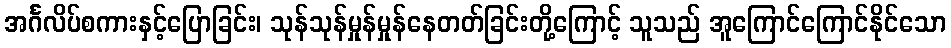
အင်္ဂလိပ်စကားနှင့်ပြောခြင်း၊ သုန်သုန်မှုန်မှုန်နေတတ်ခြင်းတို့ကြောင့် သူသည် အူကြောင်ကြောင်နိုင်သော